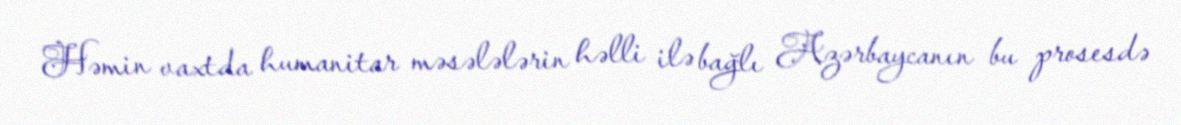
Həmin vaxtda humanitar məsələlərin həlli ilə bağlı Azərbaycanın bu prosesdə